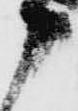
申